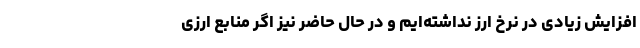
افزایش زیادی در نرخ ارز نداشته‌ایم و در حال حاضر نیز اگر منابع ارزی